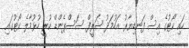
ހައި ކޯޓުގެ އިސް ފަނޑިޔާރު އަހުމަދު ޝަރީފް ސަސްޕެންޑް ކުރީ ހުޅުމާލެ ކޯޓުގައި